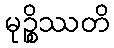
မုဉ္စိဿတိ